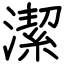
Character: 潔